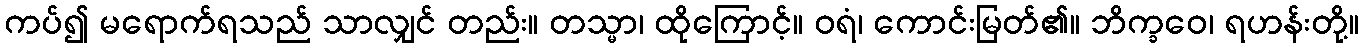
ကပ်၍ မရောက်ရသည် သာလျှင် တည်း။ တသ္မာ၊ ထိုကြောင့်။ ဝရံ၊ ကောင်းမြတ်၏။ ဘိက္ခဝေ၊ ရဟန်းတို့။